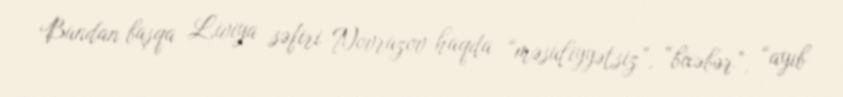
Bundan başqa Liviya səfiri Novruzov haqda “məsuliyyətsiz”, “bixəbər”, “ayıb